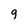
Character: g